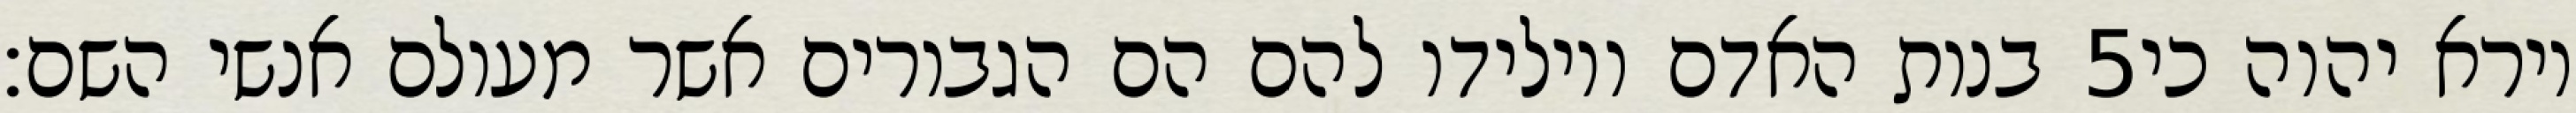
בנות האדם ויולידו להם הם הגבורים אשר מעולם אנשי השם׃ ‎5‏ וירא יהוה כי